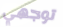
توجهي